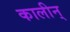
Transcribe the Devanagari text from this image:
कालीन्